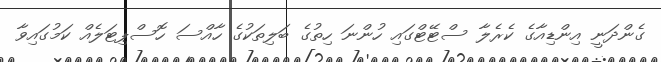
ގެންދަނީ އިންޑިއާގެ ކެރެލާ ސްޓޭޓްގައި ހުންނަ ހިތުގެ ބަލިތަކުގެ ހާއްސަ ހޮސްޕިޓަލެއް ކަމުގައިވާ